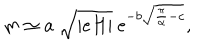
LaTeX: m \simeq a ~ \sqrt { | e H | } ~ \mathrm { e } ^ { - b \sqrt { \frac { \pi } { \alpha } - c } } ,